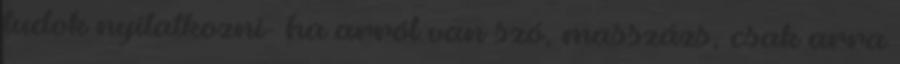
tudok nyilatkozni- ha arról van szó, masszázs, csak arra